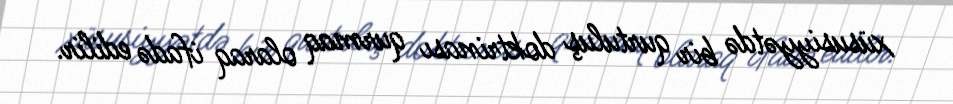
xüsusiyyətdə bir qurtuluş doktrinası qurmaq olaraq ifadə edilir.